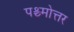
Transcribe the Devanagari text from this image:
पश्च्मोत्तर